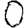
Digit: 0